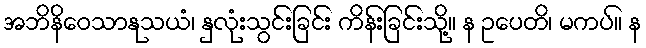
အဘိနိဝေသာနုသယံ၊ နှလုံးသွင်းခြင်း ကိန်းခြင်းသို့။ န ဥပေတိ၊ မကပ်။ န